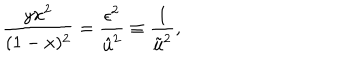
\frac { y x ^ { 2 } } { ( 1 - x ) ^ { 2 } } = \frac { \epsilon ^ { 2 } } { \hat { u } ^ { 2 } } \equiv \frac { 1 } { \tilde { u } ^ { 2 } } ,